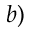
^ { b ) }